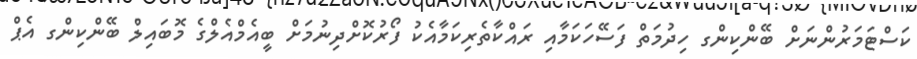
ކަސްޓަމަރުންނަށް ބޭންކިންގ ހިދުމަތް ފަސޭހަކަމާއި ރައްކާތެރިކަމާއެކު ފޯރުކޮށްދިނުމަށް ބީއެމްއެލްގެ މޮބައިލް ބޭންކިންގ އެޕް